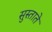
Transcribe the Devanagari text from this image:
सुस्ताते